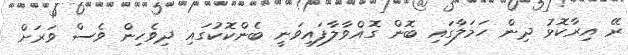
ރޭ އިރާކޮޅު ދިން ހަމަލާގައި ބޮން ގޮއްވާލާފައިވަނީ ބެންކޮކުގައި ދިވެހިން ވެސް ވަރަށް